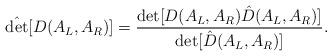
LaTeX: \begin{align*}\hat {\det} [D(A_L, A_R)] = {\det [D(A_L, A_R) \hat D (A_L, A_R)] \over\det [\hat D (A_L, A_R)]}.\end{align*}